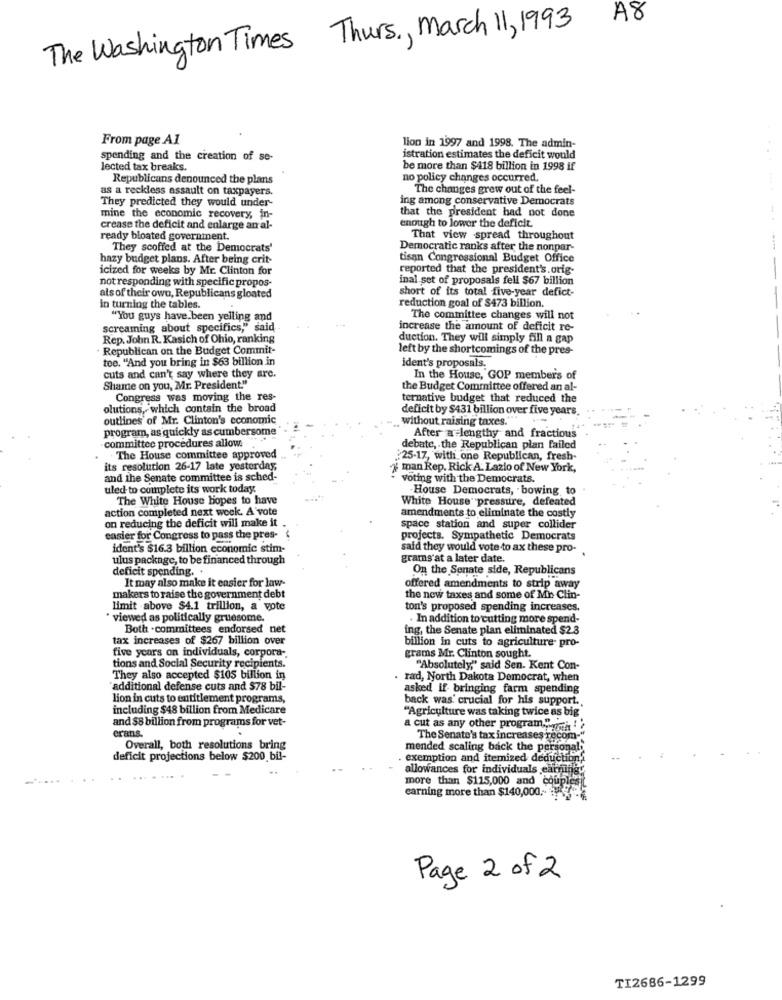
A8
The Washington Times Thurs ., March 11, 1993
From page Al
lion in 1997 and 1998. The admin-
spending and the creation of se-
istration estimates the deficit would
lected tax breaks.
be more than $418 billion in 1998 if
Republicans denounced the plans
no policy changes occurred.
as a reckless assault on taxpayers.
The changes grew out of the feel-
They predicted they would under-
ing among conservative Democrats
that the president had not done
mine the economic recovery, in-
crease the deficit and enlarge an al-
enough to lower the deficit
ready bloated government.
That view spread throughout
They scoffed at the Democrats'
Democratic ranks after the nonpar-
hazy budget plans. After being crit-
tisan Congressional Budget Office
icized for weeks by Mr. Clinton for
reported that the president's.orig-
not responding with specific propos-
inal set of proposals fell $67 billion
short of its total five-year defict-
als of their own, Republicans gloated
in turning the tables.
reduction goal of $473 billion.
"You guys have been yelling and
The committee changes will not
screaming about specifics," said
increase the amount of deficit re-
Rep. John R. Kasich of Ohio, ranking
duction. They will simply fill a gap
Republican on the Budget Commit
left by the shortcomings of the pres-
tee, "And you bring in $63 billion in
ident's proposals.
cuts and can't say where they are.
In the House, GOP members of
Shame on you, Mr. President."
the Budget Committee offered an al-
Congress was moving the res-
ternative budget that reduced the
olutions, which contain the broad
deficit by $431 billion over five years.
outlines of Mr. Clinton's economic
without raising taxes."
program, as quickly as cumbersome
committee procedures allow.
After a lengthy and fractious
debate, the Republican plan failed
The House committee approved
:25-17, with one Republican, fresh-
its resolution 26-17 late yesterday,
man Rep. Rick A. Lazio of New York,
and the Senate committee is sched-
Voting with the Democrats.
uled to complete its work today.
House Democrats, . bowing to
The White House hopes to have
White House" pressure, defeated
action completed next week. A vote
amendments to eliminate the costly
on reducing the deficit will make it .
space station and super collider
easier for Congress to pass the pres-
projects. Sympathetic Democrats
ident's $16.3 billion economic stim-
said they would vote to ax these pro-
ulus package, to be financed through
grams'at a later date.
deficit spending. .
On the Senate side, Republicans
It may also make it easier for law-
offered amendments to strip away
makers to raise the government debt
the new taxes and some of Mi Clin-
limit -above $4.1 trillion, a vote
ton's proposed spending increases.
* viewed as politically gruesome.
In addition to cutting more spend-
Both . committees endorsed net
ing, the Senate plan eliminated $2.3
tax increases of $267 billion over
billion in cuts to agriculture- pro-
five years on individuals, corpora -.
grams Mr. Clinton sought.
tions and Social Security recipients.
"Absolutely," said Sen. Kent Con-
They also accepted $105 billion in
. rad, North Dakota Democrat, when
"additional defense cuts and $78 bil-
asked if- bringing farm spending
lion in cuts to entitlement programs,
back was' crucial for his support ..
including $48 billion from Medicare
and $8 billion from programs for vet-
"Agriculture was taking twice as big
erans.
a cut as any other program .; poi
The Senate's tax increases recom-"
Overall, both resolutions bring
mended scaling back the personaly
deficit projections below $200 bil-
. exemption and itemized deductions
allowances for individuals earning
more than $115,000 and couplesit
earning more than $140,000 ,-
Page 2 of 2
TI2686-1299